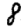
Digit: 8